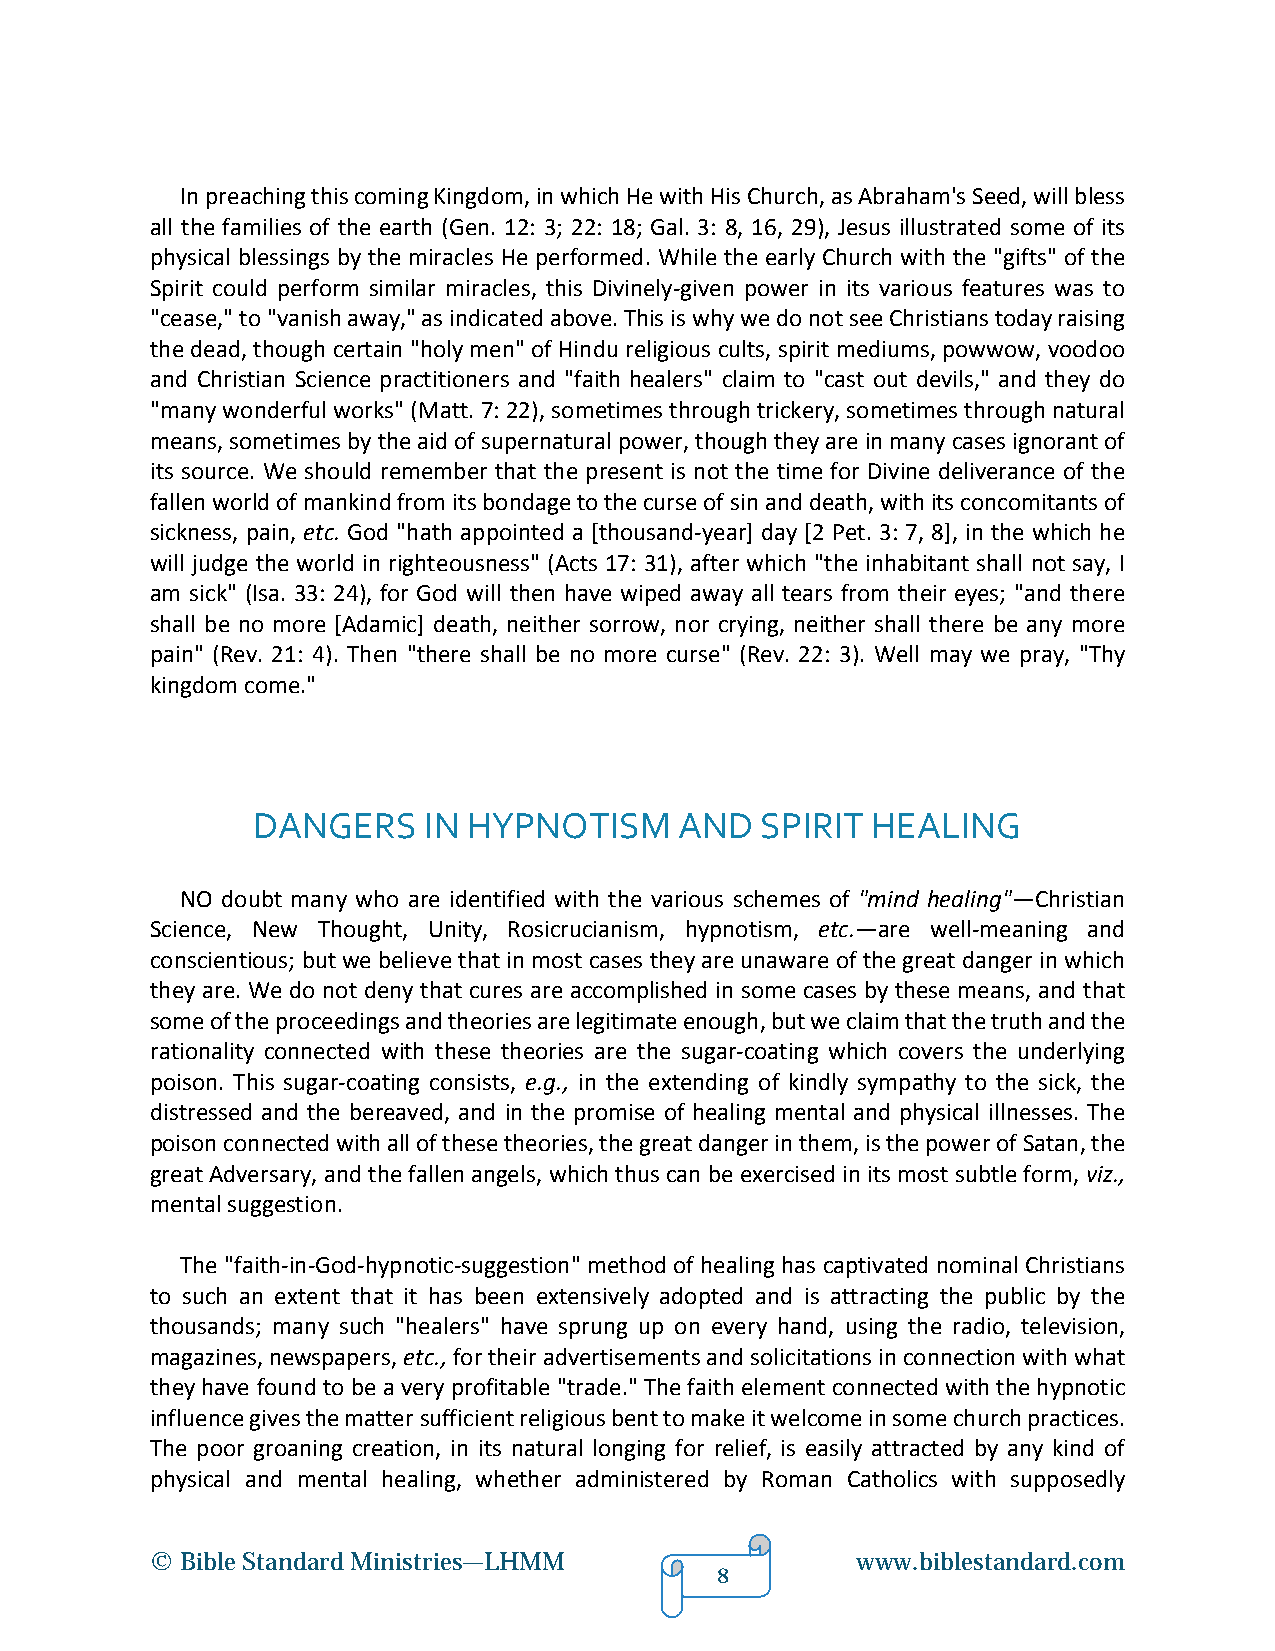
In preaching this coming Kingdom, in which He with His Church, as Abraham's Seed, will bless
 all the families of the earth (Gen. 12: 3; 22: 18; Gal. 3: 8, 16, 29), Jesus illustrated some of its
 physical blessings by the miracles He performed. While the early Church with the "gifts" of the
 Spirit could perform similar miracles, this Divinely-given power in its various features was to
 "cease," to "vanish away," as indicated above. This is why we do not see Christians today raising
 the dead, though certain "holy men" of Hindu religious cults, spirit mediums, powwow, voodoo
 and Christian Science practitioners and "faith healers" claim to "cast out devils," and they do
 "many wonderful works" (Matt. 7: 22), sometimes through trickery, sometimes through natural
 means, sometimes by the aid of supernatural power, though they are in many cases ignorant of
 its source. We should remember that the present is not the time for Divine deliverance of the
 fallen world of mankind from its bondage to the curse of sin and death, with its concomitants of
 sickness, pain, etc. God "hath appointed a [thousand-year] day [2 Pet. 3: 7, 8], in the which he
 will judge the world in righteousness" (Acts 17: 31), after which "the inhabitant shall not say, I
 am sick" (Isa. 33: 24), for God will then have wiped away all tears from their eyes; "and there
 shall be no more [Adamic] death, neither sorrow, nor crying, neither shall there be any more
 pain" (Rev. 21: 4). Then "there shall be no more curse" (Rev. 22: 3). Well may we pray, "Thy
 kingdom come."
 DANGERS    IN HYPNOTISM     AND  SPIRIT  HEALING
 NO doubt many who are identified with the various schemes of "mind healing"—Christian
 Science, New Thought, Unity, Rosicrucianism, hypnotism, etc.—are well-meaning and
 conscientious; but we believe that in most cases they are unaware of the great danger in which
 they are. We do not deny that cures are accomplished in some cases by these means, and that
 some of the proceedings and theories are legitimate enough, but we claim that the truth and the
 rationality connected with these theories are the sugar-coating which covers the underlying
 poison. This sugar-coating consists, e.g., in the extending of kindly sympathy to the sick, the
 distressed and the bereaved, and in the promise of healing mental and physical illnesses. The
 poison connected with all of these theories, the great danger in them, is the power of Satan, the
 great Adversary, and the fallen angels, which thus can be exercised in its most subtle form, viz.,
 mental suggestion.
 The "faith-in-God-hypnotic-suggestion" method of healing has captivated nominal Christians
 to such an extent that it has been extensively adopted and is attracting the public by the
 thousands; many such "healers" have sprung up on every hand, using the radio, television,
 magazines, newspapers, etc., for their advertisements and solicitations in connection with what
 they have found to be a very profitable "trade." The faith element connected with the hypnotic
 influence gives the matter sufficient religious bent to make it welcome in some church practices.
 The poor groaning creation, in its natural longing for relief, is easily attracted by any kind of
 physical and mental healing, whether administered by Roman Catholics with supposedly
 © Bible Standard Ministries—LHMM               www.biblestandard.com
 8